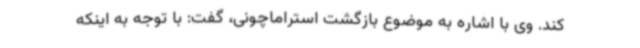
کند. وی با اشاره به موضوع بازگشت استراماچونی، گفت: با توجه به اینکه